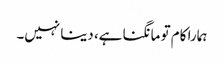
ہمارا کام تو مانگنا ہے، دینا نہیں۔